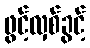
ဖွင့်လှစ်ခွင့်